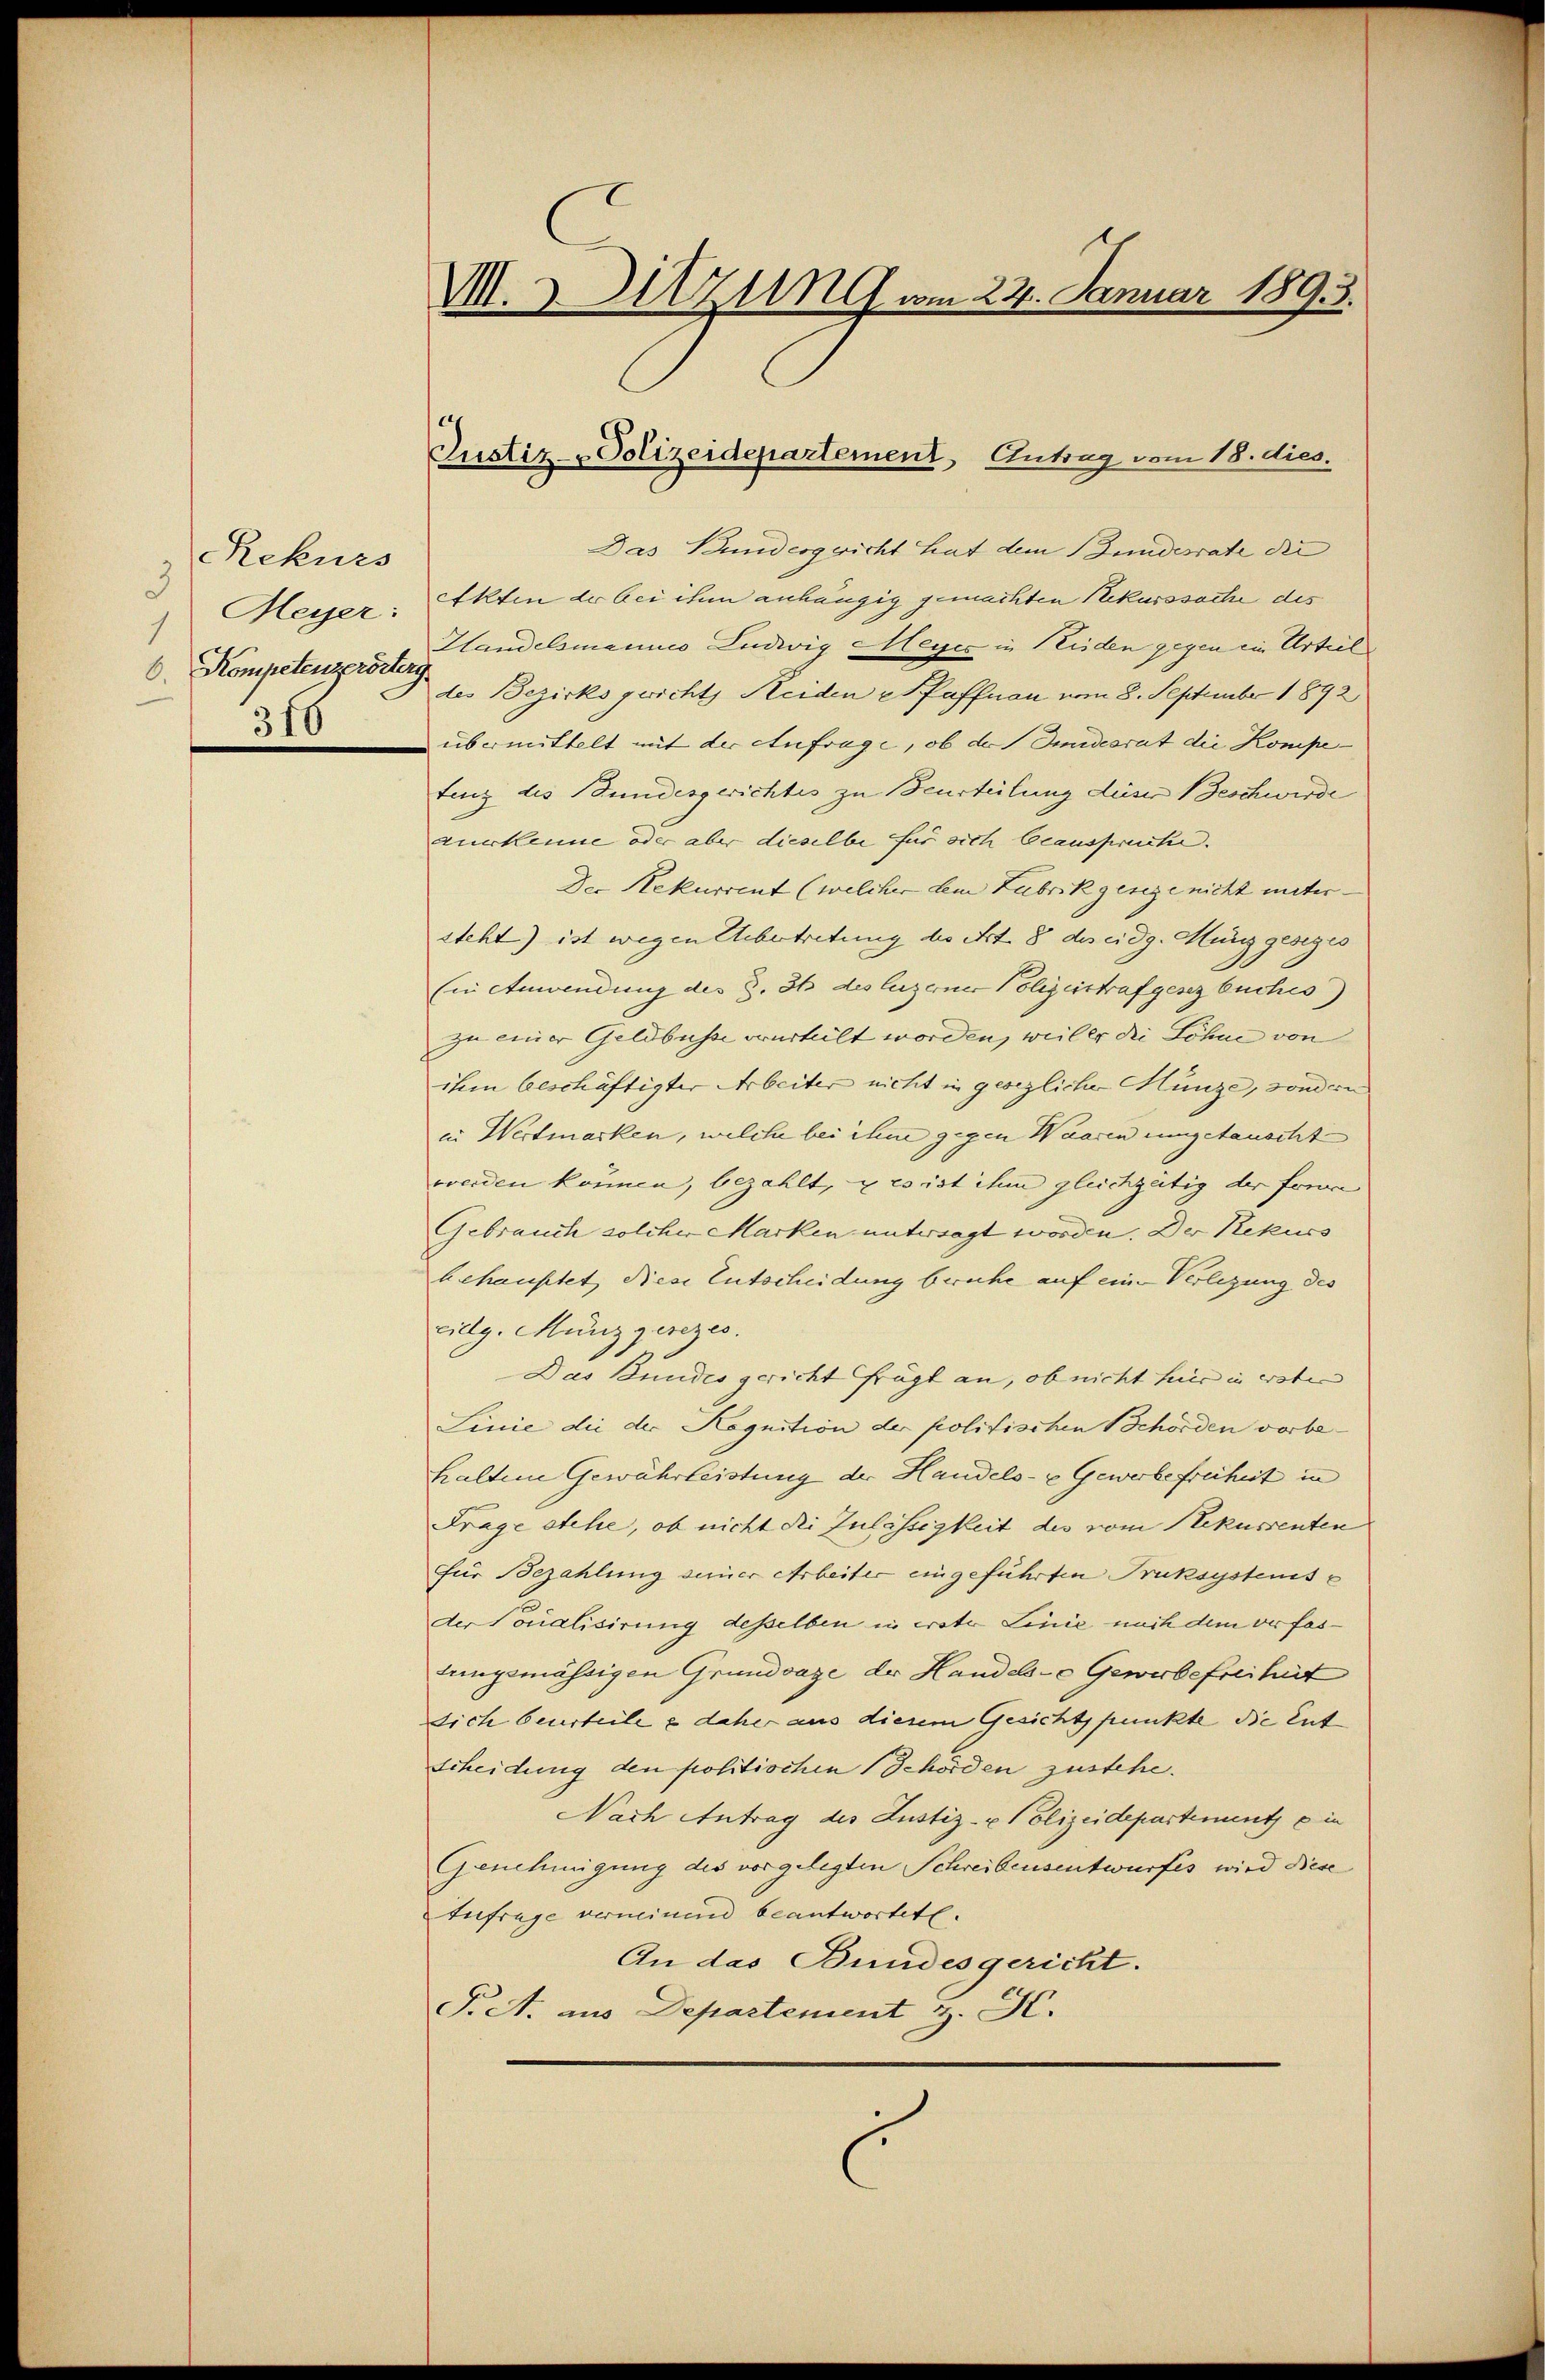
Rekurs
3
310

M. Sitzung am 22. Januar 1893.

Das Bundesgericht hat dem Bundesrate die
Meyer: Akten der bei ihm anhängig gemachten Rekurssache des
Handelsmannes Ludwig Meyer in Neiden gegen ein Urteil
1 Kompetens der einen der Bezirks gwicht Heiden Pfaffnau vom 8. September 1892
übermittelt mit der Anfrage, ob der Guidesrat die Kompetenz des Bundesgerichtes zu Beurteilung dieser Beschwerde
zuerkenne oder aber dieselbe für sich beanspruche.
Der Rekurrent (welcher dem Zubrikgesege nicht unter- |
steht) ist wegen Uebertretung der Art. 8 des eidg. Münz gesiges
(in Anwendung des §. 36 des luzerner Polizeistrafgesezbuches)
zu einer Geldbusse verurteilt worden, weil er die Löhne von
ihm beschäftigter Arbeiter nicht in gesezlicher Münze, sondern
in Wertmarken, welche bei ihme gegen Waaren eingetauscht
werden können, bezahlt, u es ist ihm gleichgütig der Forme
Gebrauch solcher Marken untersagt worden. Der Rekurs
behauptet diese Entscheidung beruhe auf eine Verlegung des
cidg. Münz gerezes.
Das Bundes gericht frägt an, ob nicht hier in ersten
Linie die der Kognition der politischen Behörden vorbehaltene Gewährleistung der Handels- u Gewerbefreiheit in
Frage stehe, ob nicht die Zulässigkeit des vom Rekussenten
für Bezahlung seiner Arbeiter eingeführten Truksystemisc
der Tonalisirung desselben in voto Linie nach dem verfaslungsmässigen Grundsaze der Handels- Gewerbefreiheit
sich beurteile & daher aus diesem Gesichtspunkte die Ent
Scheidung den politischen Schorden zustehe.
Nach Antrag des Justiz- & Polizeidepartement ein
Genehmigung des vorgelegten Schreibensentwurfes wird Bese
Aufrage verminend beantwortete.
An das Bundesgericht.
F. A. aus Departement H. K.

Justiz- Polizeidepartement, Antrag vom 18. dies.